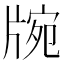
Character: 𤗍